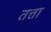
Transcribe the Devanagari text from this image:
तत्ता